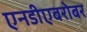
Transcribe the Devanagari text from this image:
एनडीएबरोबर